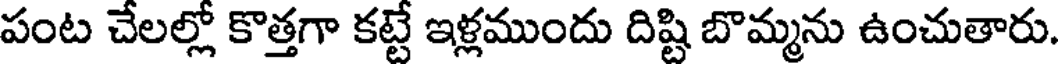
పంట చేలల్లో కొత్తగా కట్టే ఇళ్లముందు దిష్టి బొమ్మను ఉంచుతారు.